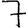
Digit: 7